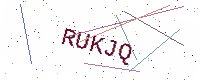
Text: RUKJQ